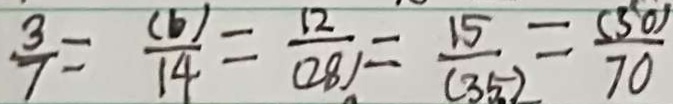
\frac { 3 } { 7 } = \frac { ( b ) } { 1 4 } = \frac { 1 2 } { ( 2 8 ) } = \frac { 1 5 } { ( 3 5 ) } = \frac { ( 3 0 ) } { 7 0 }